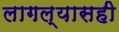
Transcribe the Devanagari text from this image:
लागल्यासही